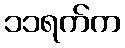
၁၁ရက်က